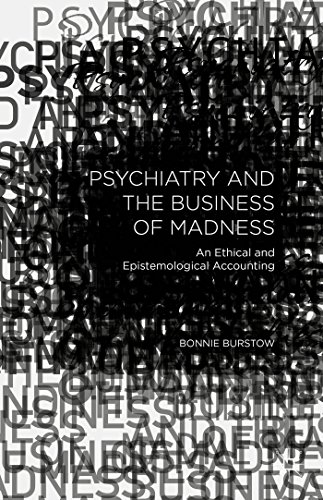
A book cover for Psychiatry and the Business of Madness: An Ethical and Epistemological Accounting; Bonnie Burstow; Medical Books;